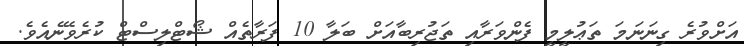
އަށްވުރެ ގިނަނަމަ ތަޢުލީމީ ފެންވަރާއި ތަޖުރިބާއަށް ބަލާ 10 ފަރާތެއް ޝޯޓްލިސްޓް ކުރެވޭނެއެވެ.